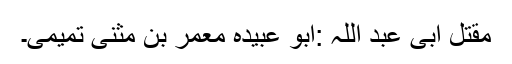
مقتل ابی عبد اللہ :ابو عبیدہ معمر بن مثنیٰ تمیمی۔